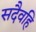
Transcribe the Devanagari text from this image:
सदैवहि